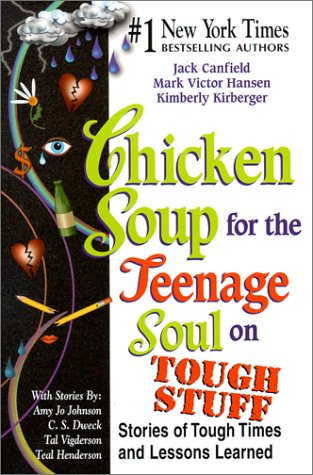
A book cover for Chicken Soup for the Teenage Soul on Tough Stuff: Stories of Tough Times and Lessons Learned (Chicken Soup for the Soul); Jack Canfield; Teen & Young Adult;